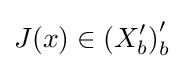
J(x)\in \left(X_{b}^{\prime }\right)_{b}^{\prime }